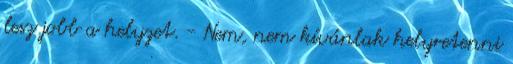
lesz jobb a helyzet. - Nem, nem kívánlak helyretenni